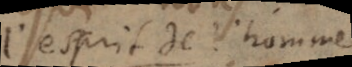
l’esprit de l’homme